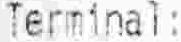
TERMINAL: